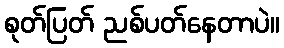
စုတ်ပြတ် ညစ်ပတ်နေတာပဲ။